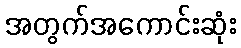
အတွက်အကောင်းဆုံး